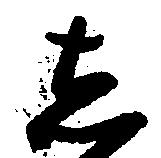
し